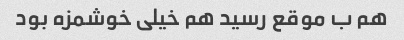
هم ب موقع رسید هم خیلی خوشمزه بود